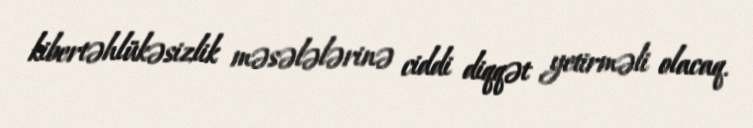
kibertəhlükəsizlik məsələlərinə ciddi diqqət yetirməli olacaq.